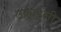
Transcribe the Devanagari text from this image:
उक्राइनी